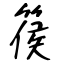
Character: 篌